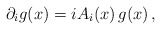
\begin{align*} \partial_i g(x) = i A_i(x) \, g(x) \,,\end{align*}